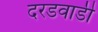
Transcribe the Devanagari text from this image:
दरडवाडी